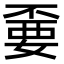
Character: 嫑